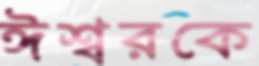
ঈশ্বরকে